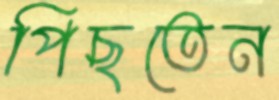
পিছতেন